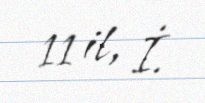
11 il, İ.